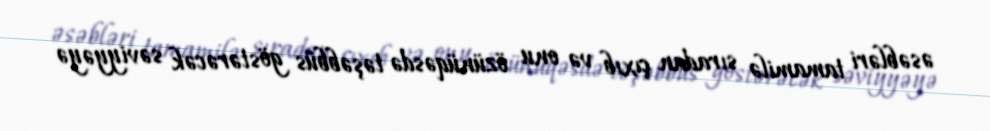
əsəbləri tamamilə sıradan çıxıb və onu özünüqəsdə təşəbbüs göstərəcək səviyyəyə